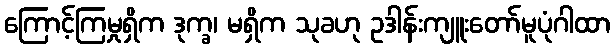
ကြောင့်ကြမှုရှိက ဒုက္ခ၊ မရှိက သုခဟု ဥဒါန်းကျူးတော်မူပုံဂါထာ